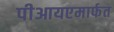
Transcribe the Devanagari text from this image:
पीआयएमार्फत